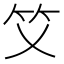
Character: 𥫜